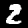
Digit: 2